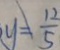
y = \frac { 1 2 } { 5 }